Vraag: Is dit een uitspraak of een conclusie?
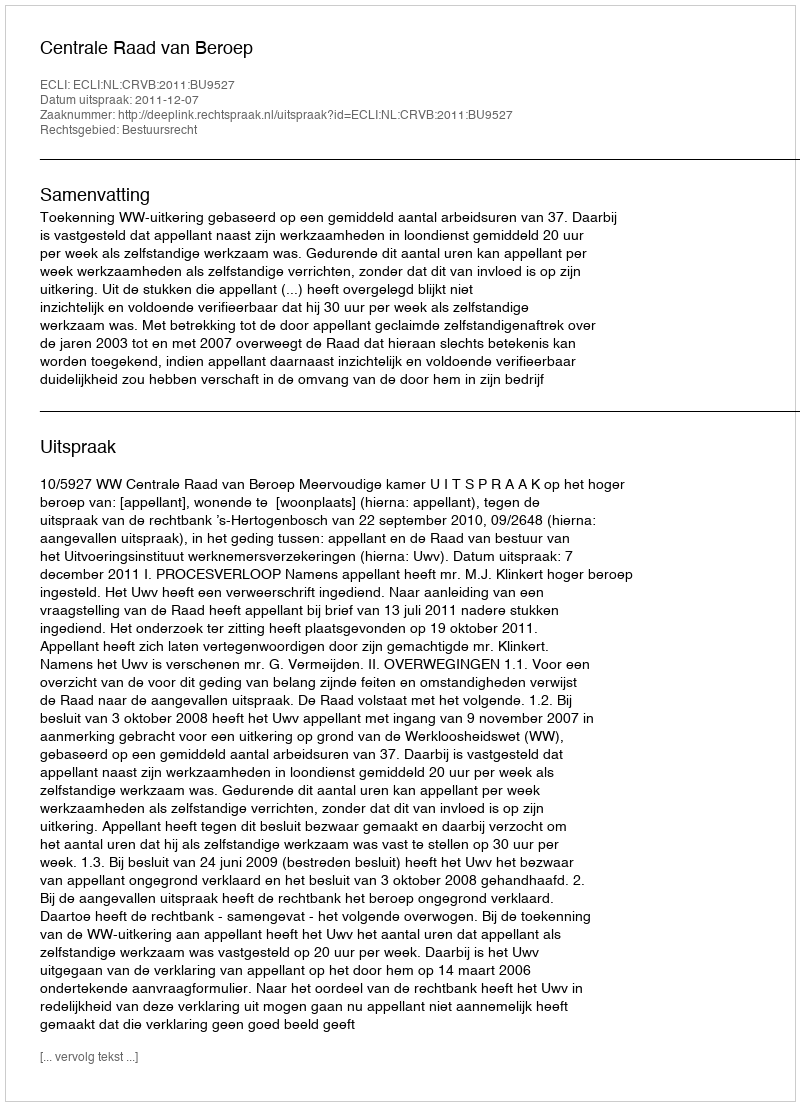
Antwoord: Uitspraak